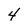
Character: 4